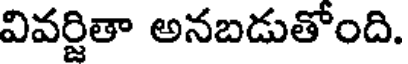
వివర్జితా అనబడుతోంది.